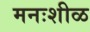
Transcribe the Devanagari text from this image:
मनःशीळ